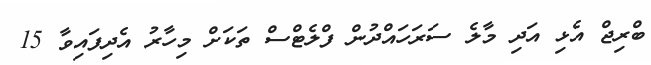
ބްރިޖް އެޅި އަދި މާލެ ސަރަހައްދުން ފްލެޓްސް ތަކަށް މިހާރު އެދިފައިވާ 15